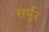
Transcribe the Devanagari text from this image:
सर्पुर